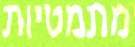
מתמטיות